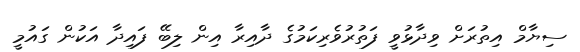
ސިޔާމް އިތުރަށް ވިދާޅުވީ ފަތުރުވެރިކަމުގެ ދާއިރާ އިން ލިބޭ ފައިދާ އަކުން ގައުމީ